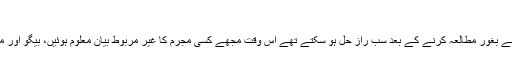
‘‘
بیگو کی یہ عجیب و غریب باتیں جو درحقیقت اس کی زندگی کا ایک نہایت اُلجھا ہوا باب تھیں اور جسے بغور مطالعہ کرنے کے بعد سب راز حل ہو سکتے تھے اس وقت مجھے کسی مجرم کا غیر مربوط بیان معلوم ہُوئیں، بیگو اور میرے درمیان اس قدر تاریک اور موٹا پردہ حائل ہو گیا تھا کہ حقیقت کی نقاب کشائی بہت مشکل تھی۔